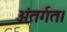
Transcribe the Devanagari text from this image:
अंतर्गत।